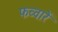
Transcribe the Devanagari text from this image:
फव्वारें